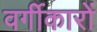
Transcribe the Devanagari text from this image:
वर्गीकारों